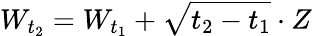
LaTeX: W_{t_{2}}=W_{t_{1}}+{\sqrt{t_{2}-t_{1}}}\cdot Z